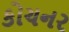
કોચનર